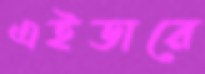
এইডারে